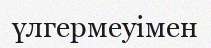
үлгермеуімен